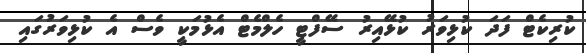
ކުރިކެޓް ފަދަ ކުޅިވަރު ކުޅޭއިރު ސޭފްޓީ ހެލްމެޓް އެޅުމަކީ ވެސް އެ ކުޅިވަރުގައި